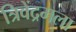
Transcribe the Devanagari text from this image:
त्रिवेंद्रमला